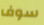
سوف